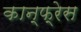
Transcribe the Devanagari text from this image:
कान्फ्रेस